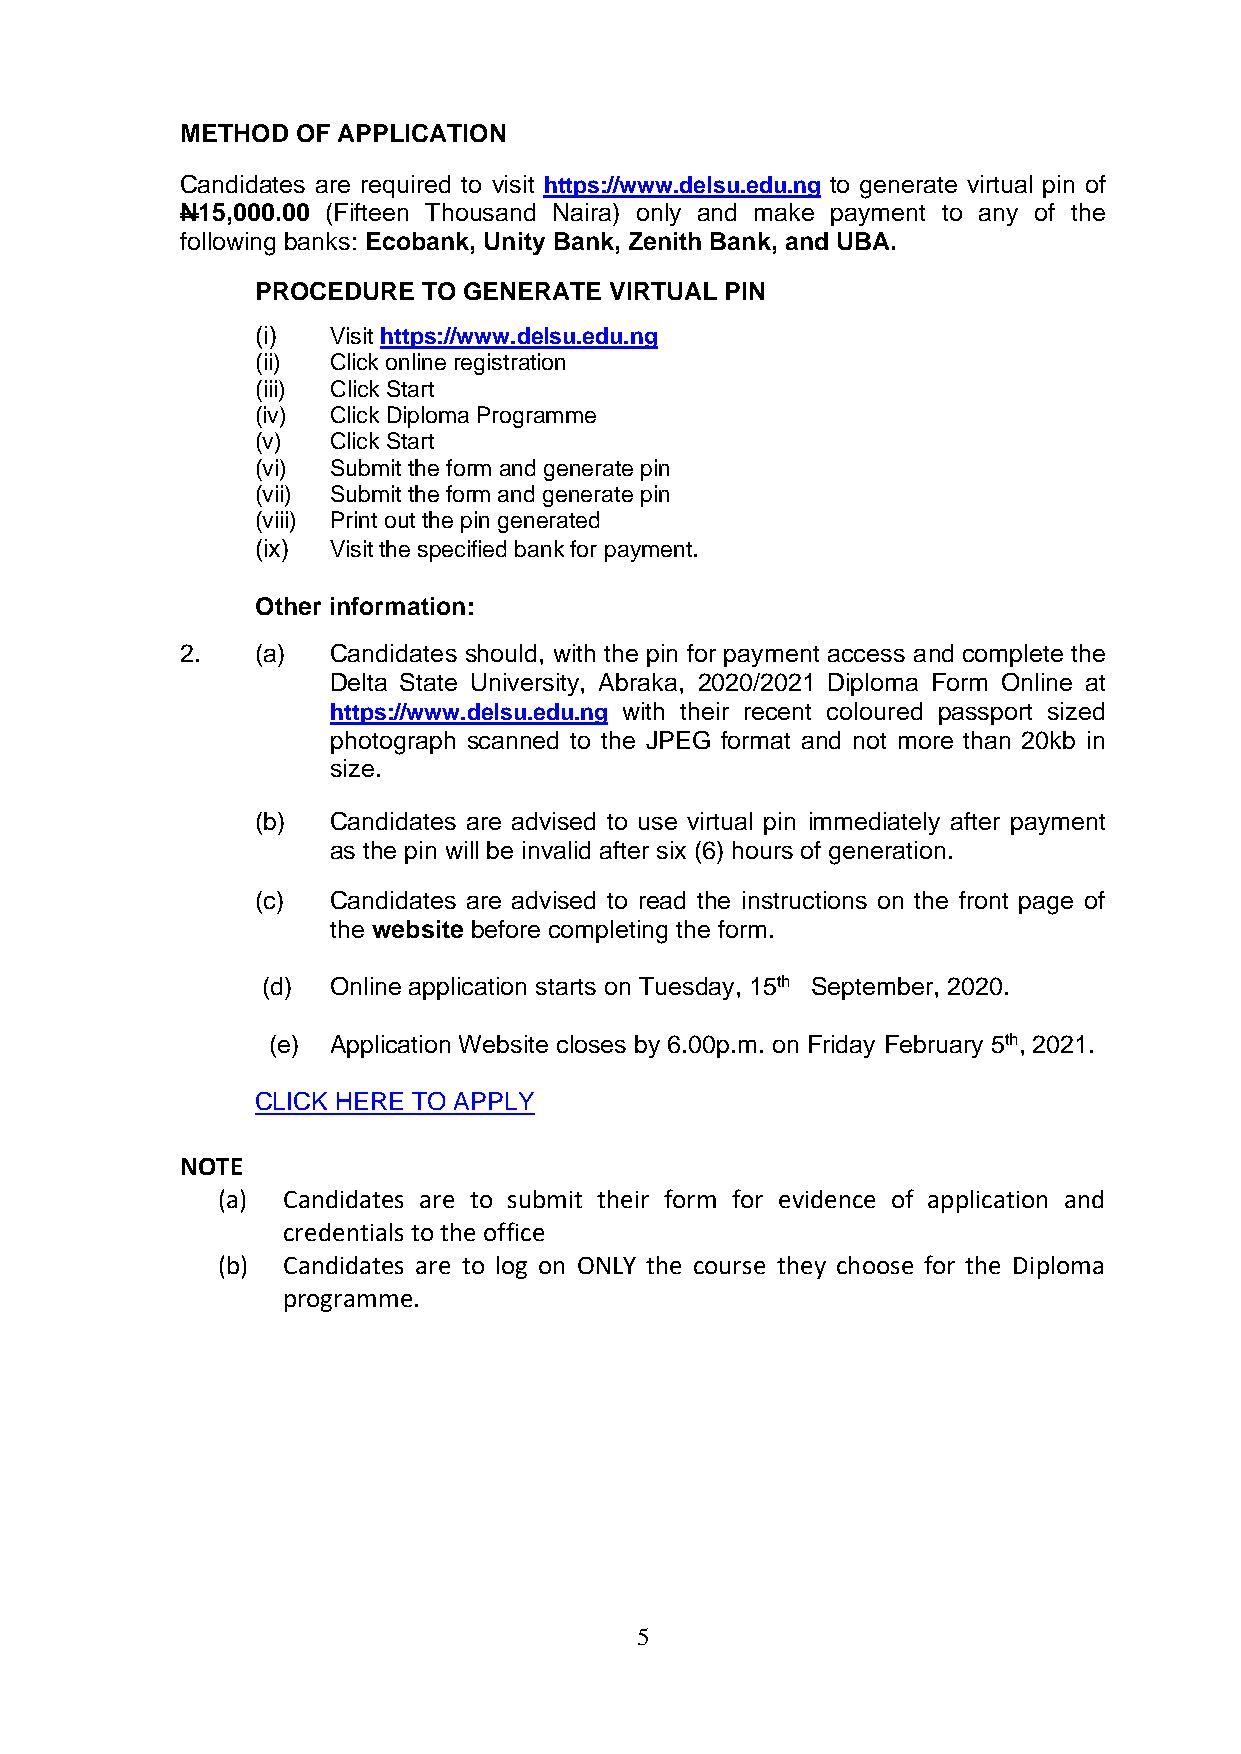
METHOD  OF APPLICATION
 Candidates are required to visit https://www.delsu.edu.ng to generate virtual pin of
 N15,000.00 (Fifteen Thousand Naira) only and make payment to any of the
 following banks: Ecobank, Unity Bank, Zenith Bank, and UBA.
 PROCEDURE  TO GENERATE VIRTUAL PIN
 (i)  Visit https://www.delsu.edu.ng
 (ii) Click online registration
 (iii) Click Start
 (iv) Click Diploma Programme
 (v)  Click Start
 (vi) Submit the form and generate pin
 (vii) Submit the form and generate pin
 (viii) Print out the pin generated
 (ix) Visit the specified bank for payment.
 Other information:
 2.   (a)  Candidates should, with the pin for payment access and complete the
 Delta State University, Abraka, 2020/2021 Diploma Form Online at
 https://www.delsu.edu.ng with their recent coloured passport sized
 photograph scanned to the JPEG format and not more than 20kb in
 size.
 (b)  Candidates are advised to use virtual pin immediately after payment
 as the pin will be invalid after six (6) hours of generation.
 (c)  Candidates are advised to read the instructions on the front page of
 the website before completing the form.
 (d)  Online application starts on Tuesday, 15th September, 2020.
 (e) Application Website closes by 6.00p.m. on Friday February 5th, 2021.
 CLICK HERE TO APPLY
 NOTE
 (a)  Candidates are to submit their form for evidence of application and
 credentials to the office
 (b)  Candidates are to log on ONLY the course they choose for the Diploma
 programme.
 5